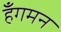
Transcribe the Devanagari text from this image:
हँगमन